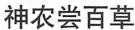
神农尝百草